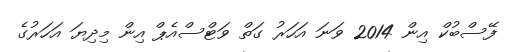
ފޭސްބުކް އިން 2014 ވަނަ އަހަރު ގަތް ވަޓްސްއެޕް އިން މިދިޔަ އަހަރުގެ